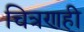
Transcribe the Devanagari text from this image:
चित्रणही